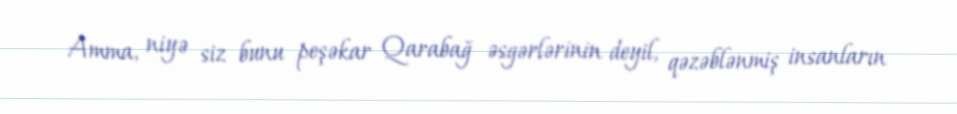
Amma, niyə siz bunu peşəkar Qarabağ əsgərlərinin deyil, qəzəblənmiş insanların